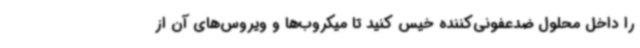
را داخل محلول ضدعفونی‌کننده خیس کنید تا میکروب‌ها و ویروس‌های آن از